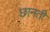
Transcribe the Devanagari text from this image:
छानती